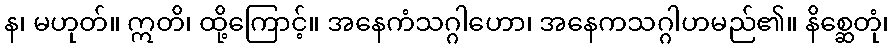
န၊ မဟုတ်။ ဣတိ၊ ထို့ကြောင့်။ အနေကံသဂ္ဂါဟော၊ အနေကသဂ္ဂါဟမည်၏။ နိစ္ဆေတုံ၊